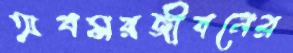
অবসরজীবনের